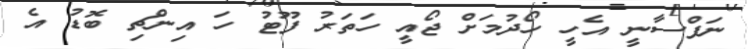
ނަފްސާނީ އެހީ ހޯދުމަށް ޖޯއީ ހަތަރު ފޫޓު ހަ އިންޗި ބޮޑު އެ